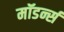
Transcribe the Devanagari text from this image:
मॉडर्न्स